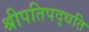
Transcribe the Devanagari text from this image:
श्रीपतिपद्धति